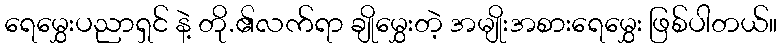
ရေမွှေးပညာရှင် နဲ့ တို.၏လက်ရာ ချိုမွှေးတဲ့ အမျိုးအစားရေမွှေး ဖြစ်ပါတယ်။